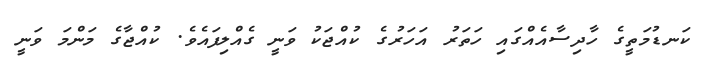
ކަނޑުމަތީގެ ހާދިސާއެއްގައި ހަތަރު އަހަރުގެ ކުއްޖަކު ވަނީ ގެއްލިފައެވެ. ކުއްޖާގެ މަންމަ ވަނީ